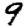
Digit: 9